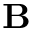
\mathbf { B }